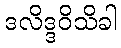
ဒလိဒ္ဒဝိသိခါ